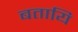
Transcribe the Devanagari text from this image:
बतायि